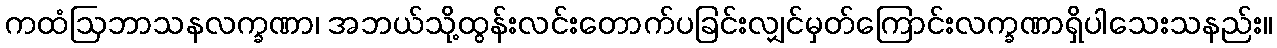
ကထံဩဘာသနလက္ခဏာ၊ အဘယ်သို့ထွန်းလင်းတောက်ပခြင်းလျှင်မှတ်ကြောင်းလက္ခဏာရှိပါသေးသနည်း။